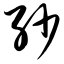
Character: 纱